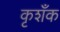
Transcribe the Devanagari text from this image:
कृशँक